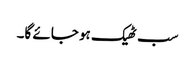
سب ٹھیک ہو جائے گا۔